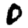
Digit: 0